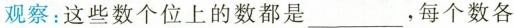
观察：这些数个位上的数都是___，每个数各